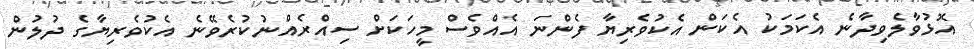
އޮޅުވާލެވިދާނެ އެކަމަކު އެކަން އެކުވެރިޔާ ފެންނަ އެއްވެސް މީހަކަށް ސިއްރެއްނުކުރެވޭނެ އެކުވެރިޔާގެ ދުލުން